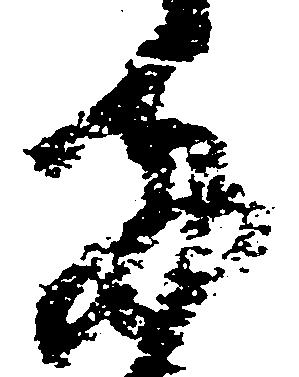
両